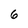
Character: 6